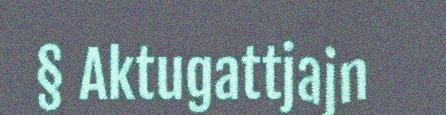
§ Aktugattjajn